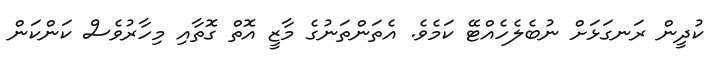
ކުދީން ރަނގަޅަށް ނުބެލެހެއްޓޭ ކަމެވެ. އެތަންތަނުގެ މާޒީ އޮތް ގޮތާއި މިހާރުވެސް ކަންކަން